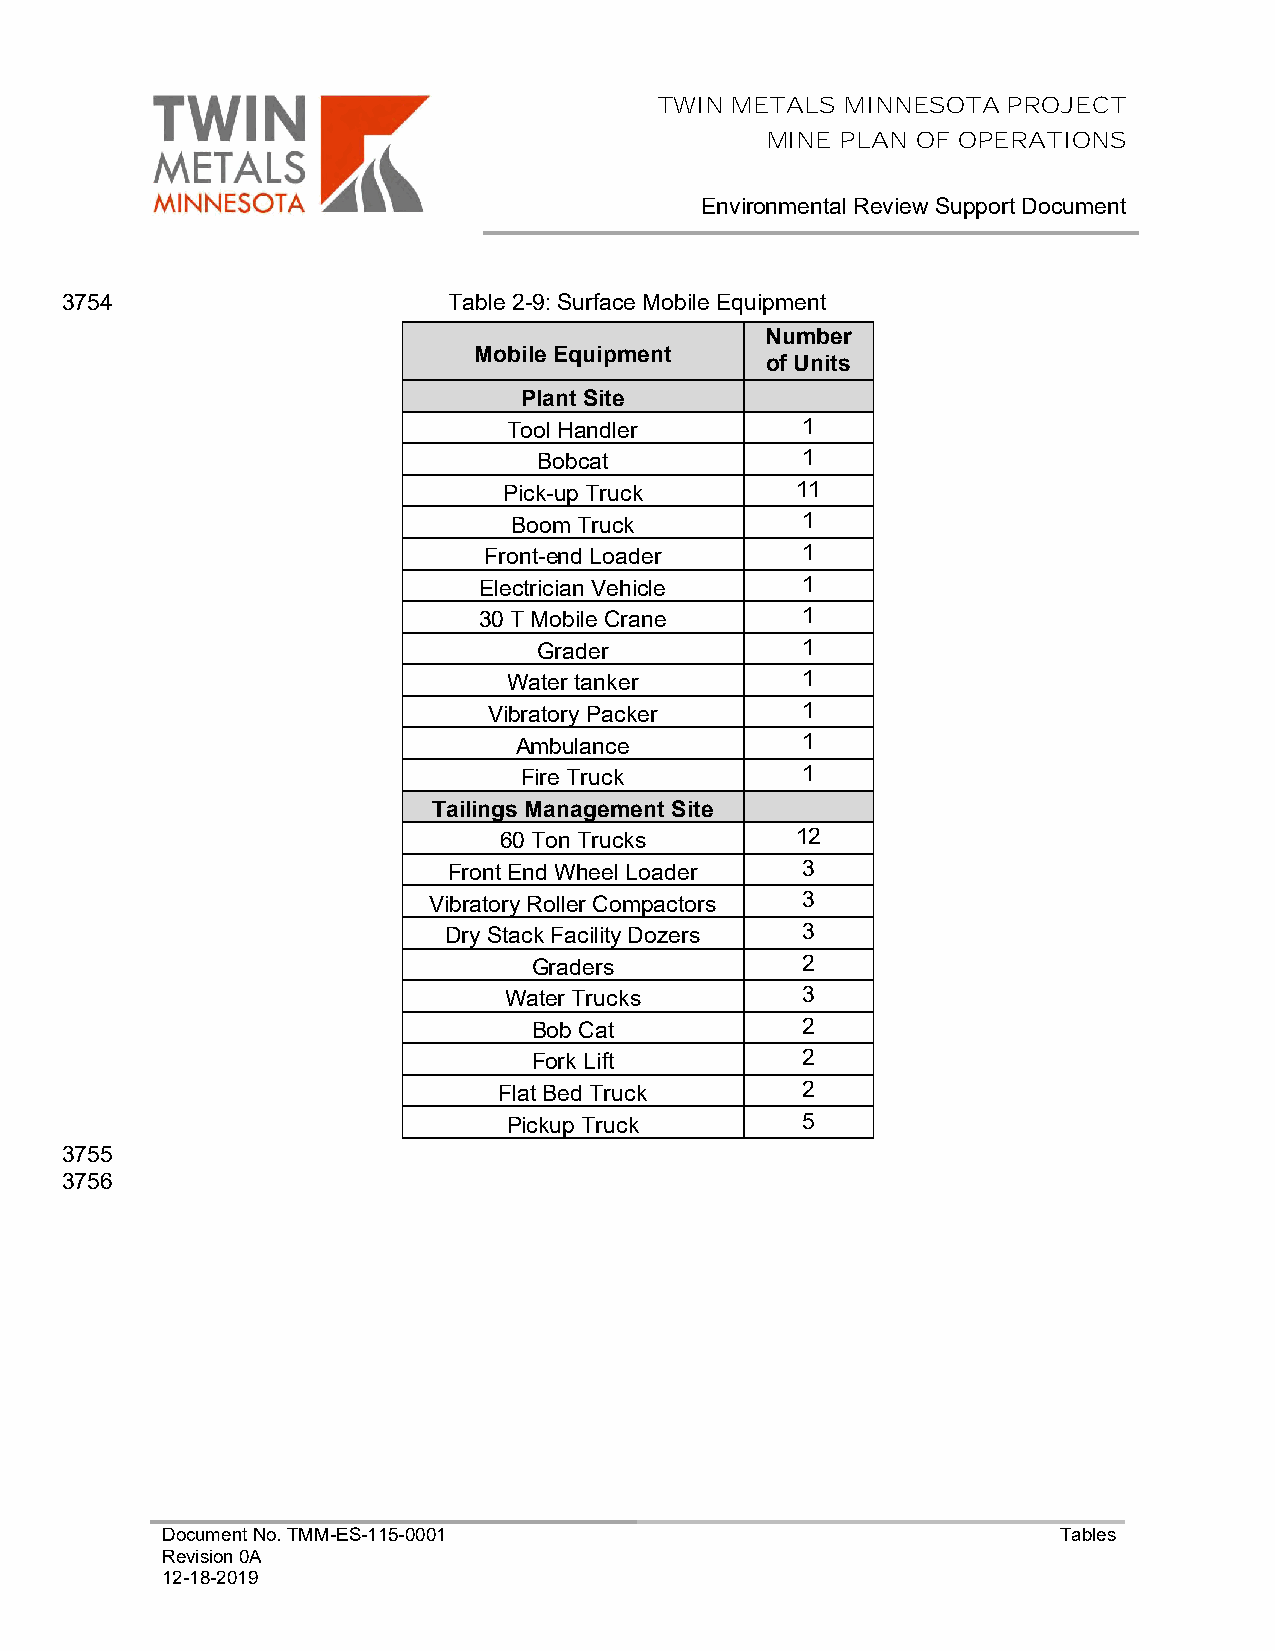
TWIN METALS MINNESOTA  PROJECT
 MINE PLAN OF OPERATIONS
 Environmental Review Support Document
 3754                      Table 2-9: Surface Mobile Equipment
 Number
 Mobile Equipment
 of Units
 Plant Site
 Tool Handler       1
 Bobcat           1
 Pick-up Truck       11
 Boom Truck         1
 Front-end Loader     1
 Electrician Vehicle  1
 30 T Mobile Crane    1
 Grader           1
 Water tanker       1
 Vibratory Packer     1
 Ambulance          1
 Fire Truck        1
 Tailings Management Site
 60 Ton Trucks       12
 Front End Wheel Loader 3
 Vibratory Roller Compactors 3
 Dry Stack Facility Dozers 3
 Graders           2
 Water Trucks        3
 Bob Cat           2
 Fork Lift         2
 Flat Bed Truck      2
 Pickup Truck       5
 3755
 3756
 Document No. TMM-ES-115-0001                               Tables
 Revision 0A
 12-18-2019